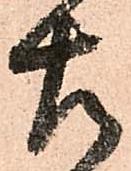
左